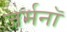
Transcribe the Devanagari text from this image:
जर्मनॉ